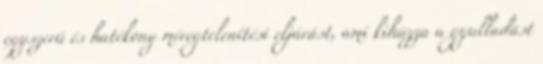
egyszerű és hatékony méregtelenítési eljárást, ami kihúzza a gyulladást